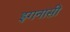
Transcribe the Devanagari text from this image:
इगनासी